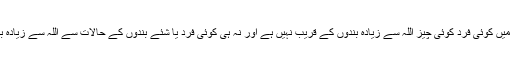
یعنی دنیا میں کوئی فرد کوئی چیز اللہ سے زیادہ بندوں کے قریب نہیں ہے اور نہ ہی کوئی فرد یا شئے بندوں کے حالات سے اللہ سے زیادہ باخبر ہے۔